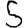
Digit: 5